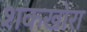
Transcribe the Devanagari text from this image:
शकखोरा